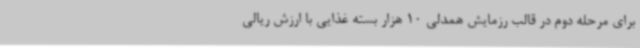
برای مرحله دوم در قالب رزمایش همدلی 10 هزار بسته غذایی با ارزش ریالی